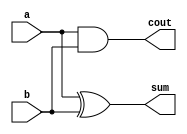
module booth_ha(input  a,
input  b ,
//input cin,
output  cout,
output sum);

assign sum=a^b;
assign cout=a&b;

endmodule